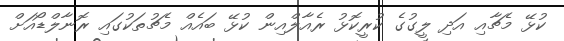
ކުޅޭ މެޗާއި އަދި ލީގުގެ ކުރީކޮޅު ރެއާލްއިން ކުޅޭ ބައެއް މެޗުތަކުގައި ރޮނާލްޑޯއަށް